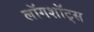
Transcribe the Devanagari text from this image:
लॉगशॉट्स